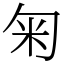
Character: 匊